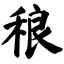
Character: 稂